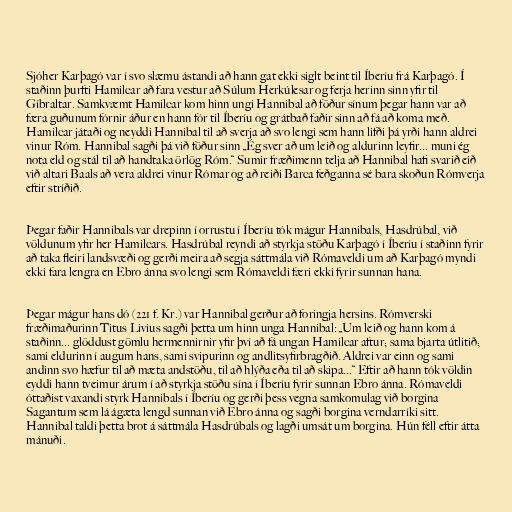
Sjóher Karþagó var í svo slæmu ástandi að hann gat ekki siglt beint til Íberíu frá Karþagó. Í
staðinn þurfti Hamilcar að fara vestur að Súlum Herkúlesar og ferja herinn sinn yfir til
Gíbraltar. Samkvæmt Hamilcar kom hinn ungi Hannibal að föður sínum þegar hann var að
færa guðunum fórnir áður en hann fór til Íberíu og grátbað faðir sinn að fá að koma með.
Hamilcar játaði og neyddi Hannibal til að sverja að svo lengi sem hann lifði þá yrði hann aldrei
vinur Róm. Hannibal sagði þá við föður sinn „Ég sver að um leið og aldurinn leyfir... muni ég
nota eld og stál til að handtaka örlög Róm.“ Sumir fræðimenn telja að Hannibal hafi svarið eið
við altari Baals að vera aldrei vinur Rómar og að reiði Barca feðganna sé bara skoðun Rómverja
eftir stríðið.

Þegar faðir Hannibals var drepinn í orrustu í Íberíu tók mágur Hannibals, Hasdrúbal, við
völdunum yfir her Hamilcars. Hasdrúbal reyndi að styrkja stöðu Karþagó í Íberíu í staðinn fyrir
að taka fleiri landsvæði og gerði meira að segja sáttmála við Rómaveldi um að Karþagó myndi
ekki fara lengra en Ebro ánna svo lengi sem Rómaveldi færi ekki fyrir sunnan hana.

Þegar mágur hans dó (221 f. Kr.) var Hannibal gerður að foringja hersins. Rómverski
fræðimaðurinn Titus Livius sagði þetta um hinn unga Hannibal: „Um leið og hann kom á
staðinn... glöddust gömlu hermennirnir yfir því að fá ungan Hamilcar aftur; sama bjarta útlitið;
sami eldurinn í augum hans, sami svipurinn og andlitsyfirbragðið. Aldrei var einn og sami
andinn svo hæfur til að mæta andstöðu, til að hlýða eða til að skipa...“ Eftir að hann tók völdin
eyddi hann tveimur árum í að styrkja stöðu sína í Íberíu fyrir sunnan Ebro ánna. Rómaveldi
óttaðist vaxandi styrk Hannibals í Íberíu og gerði þess vegna samkomulag við borgina
Sagantum sem lá ágæta lengd sunnan við Ebro ánna og sagði borgina verndarríki sitt.
Hannibal taldi þetta brot á sáttmála Hasdrúbals og lagði umsát um borgina. Hún féll eftir átta
mánuði.